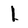
Character: l